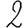
Digit: 2